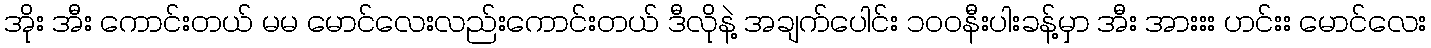
အိုး အီး ကောင်းတယ် မမ မောင်လေးလည်းကောင်းတယ် ဒီလိုနဲ့ အချက်ပေါင်း ၁၀၀နီးပါးခန့်မှာ အီး အားးး ဟင်းး မောင်လေး